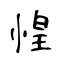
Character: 惶